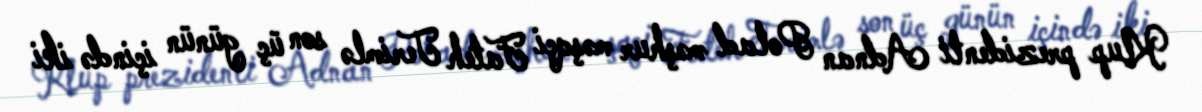
Klup prezidenti Adnan Polad məşhur məşqçi Fateh Terimlə son üç günün içində iki